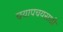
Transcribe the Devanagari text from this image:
चयापचयसाठी